Plague in India, 1896, 1897 - Volume 1
Year: 1896
Disease focus: Plague
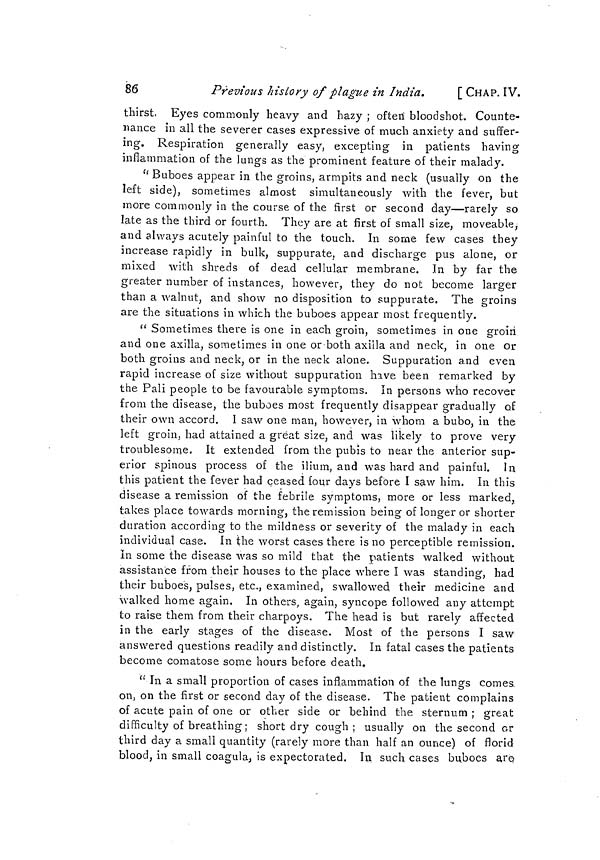
86
Previous history of plague in India,
[ CHAP. IV.
thirst, Eyes commonly heavy and hazy ; often bloodshot. Counte-
nance in all the severer cases expressive of much anxiety and suffer-
ing. Respiration generally easy, excepting in patients having
inflammation of the lungs as the prominent feature of their malady.
" Buboes appear in the groins, armpits and neck (usually on the
left side), sometimes almost simultaneously with the fever, but
more commonly in the course of the first or second day—rarely so
late as the third or fourth. They are at first of small size, moveable,
and always acutely painful to the touch. In some few cases they
increase rapidly in bulk, suppurate, and discharge pus alone, or
mixed with shreds of dead cellular membrane. In by far the
greater number of instances, however, they do not become larger
than a walnut, and show no disposition to suppurate. The groins
are the situations in which the buboes appear most frequently.
" Sometimes there is one in each groin, sometimes in one groin
and one axilla, sometimes in one or both axilla and neck, in one or
both groins and neck, or in the neck alone. Suppuration and even
rapid increase of size without suppuration have been remarked by
the Pali people to be favourable symptoms. In persons who recover
from the disease, the buboes most frequently disappear gradually of
their own accord. I saw one man, however, in whom a bubo, in the
left groin, had attained a great size, and was likely to prove very
troublesome. It extended from the pubis to near the anterior sup-
erior spinous process of the ilium, and was hard and painful. In
this patient the fever had ceased four days before I saw him. In this
disease a remission of the febrile symptoms, more or less marked,
takes place towards morning, the remission being of longer or shorter
duration according to the mildness or severity of the malady in each
individual case. In the worst cases there is no perceptible remission.
In some the disease was so mild that the patients walked without
assistance from their houses to the place where I was standing, had
their buboes, pulses, etc., examined, swallowed their medicine and
walked home again. In others, again, syncope followed any attempt
to raise them from their charpoys. The head is but rarely affected
in the early stages of the disease. Most of the persons I saw
answered questions readily and distinctly. In fatal cases the patients
become comatose some hours before death.
" In a small proportion of cases inflammation of the lungs comes
on, on the first or second day of the disease. The patient complains
of acute pain of one or other side or behind the sternum ; great
difficulty of breathing ; short dry cough; usually on the second or
third day a small quantity (rarely more than half an ounce) of florid
blood, in small coagula, is expectorated. In such cases buboes are